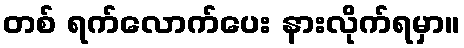
တစ် ရက်လောက်ပေး နားလိုက်ရမှာ။